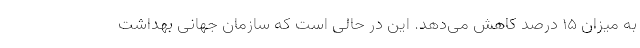
به میزان ۱۵ درصد کاهش می‌دهد. این در حالی است که سازمان جهانی بهداشت